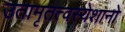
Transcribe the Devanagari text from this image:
उतामृतत्वस्येशानो